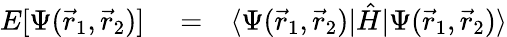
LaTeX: \begin{array}{rlr}{E[\Psi(\vec{r}_{1},\vec{r}_{2})]}&{{}=}&{\langle\Psi(\vec{r}_{1},\vec{r}_{2})|\hat{H}|\Psi(\vec{r}_{1},\vec{r}_{2})\rangle}\end{array}